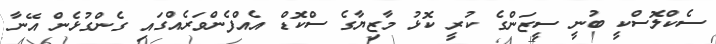
ސެކްލޮސްކީ ބުނީ ސީޒަންގެ ކުރީ ކޮޅު މާޒިޔާގެ ސްކޮޑް އެއްފެންވަރެއްގައި ގެންގުޅެން އޭނާ